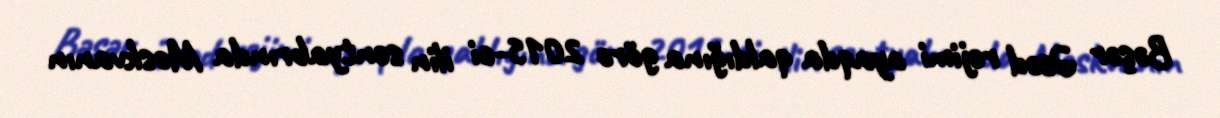
Bəşər Əsəd rejimi ayaqda qaldığına görə 2015-ci ilin sentyabrında Moskvanın